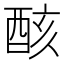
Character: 𨠳